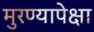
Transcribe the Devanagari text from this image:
मुरण्यापेक्षा